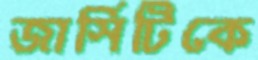
জার্সিটিকে